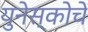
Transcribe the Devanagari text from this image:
युनेस्‍कोचे